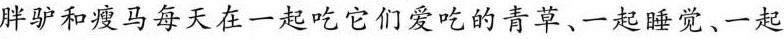
胖驴和瘦马每天在一起吃它们爱吃的青草、一起睡觉、一起